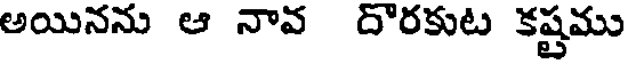
అయినను ఆ నావ దొరకుట కష్టము